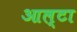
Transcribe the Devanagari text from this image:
आल्टा